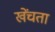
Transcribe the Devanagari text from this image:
खेंचता